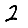
Digit: 2